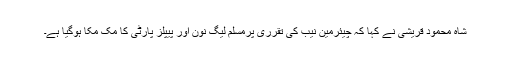
شاہ محمود قریشی نے کہا کہ چیئرمین نیب کی تقرری پرمسلم لیگ نون اور پیپلز پارٹی کا مک مکا ہوگیا ہے۔